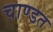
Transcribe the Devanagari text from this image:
चाण्डत